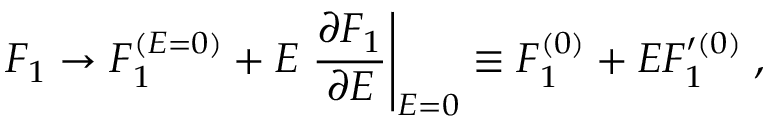
F _ { 1 } \rightarrow F _ { 1 } ^ { ( E = 0 ) } + E \left. { \frac { \partial F _ { 1 } } { \partial E } } \right\vert _ { E = 0 } \equiv F _ { 1 } ^ { ( 0 ) } + E F _ { 1 } ^ { \prime ( 0 ) } \; ,